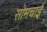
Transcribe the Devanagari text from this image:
सोमचाई